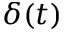
\delta ( t )